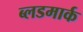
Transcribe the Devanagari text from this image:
ब्लडमार्क